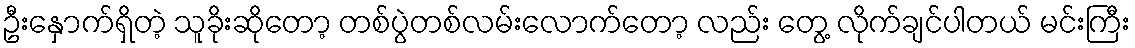
ဦးနှောက်ရှိတဲ့ သူခိုးဆိုတော့ တစ်ပွဲတစ်လမ်းလောက်တော့ လည်း တွေ့ လိုက်ချင်ပါတယ် မင်းကြီး